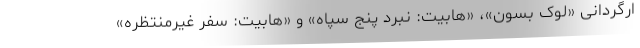
ارگردانی «لوک بسون»، «هابیت: نبرد پنج سپاه» و «هابیت: سفر غیرمنتظره»